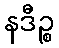
နဒီဉ္စ